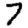
Digit: 7